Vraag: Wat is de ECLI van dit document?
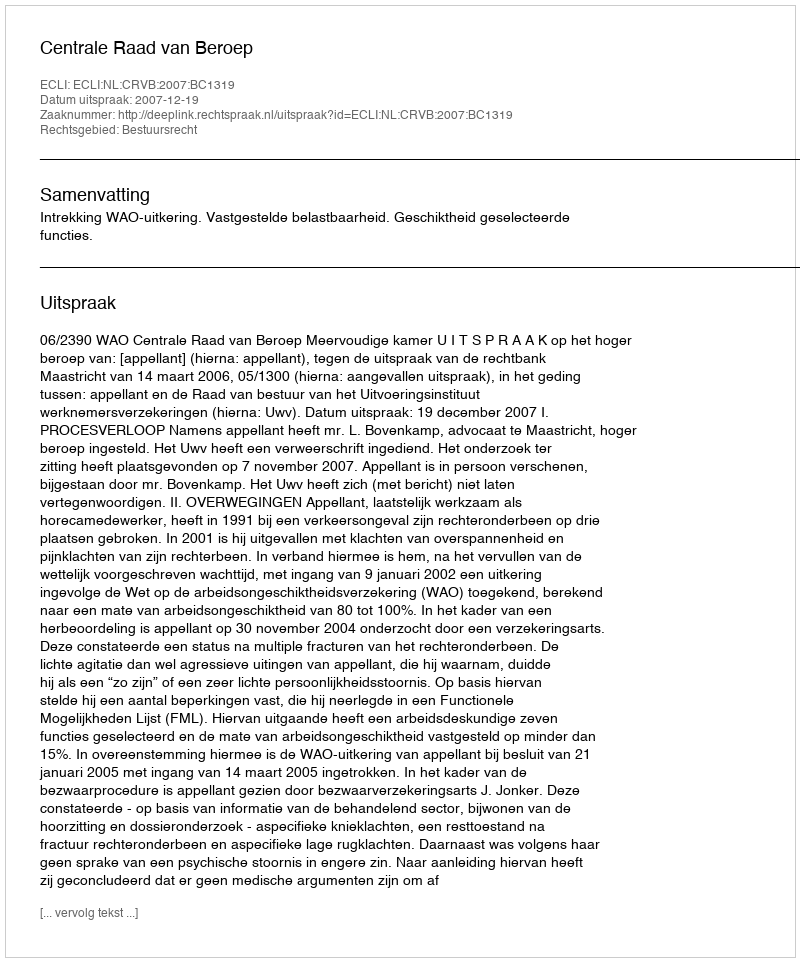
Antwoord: ECLI:NL:CRVB:2007:BC1319